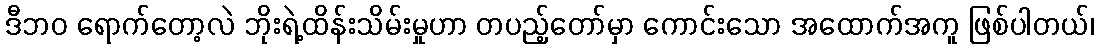
ဒီဘဝ ရောက်တော့လဲ ဘိုးရဲ့ထိန်းသိမ်းမှုဟာ တပည့်တော်မှာ ကောင်းသော အထောက်အကူ ဖြစ်ပါတယ်၊